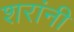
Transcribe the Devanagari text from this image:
शरांनी